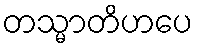
တသ္မာတိဟပေ